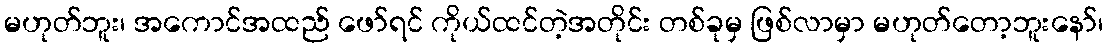
မဟုတ်ဘူး၊ အကောင်အထည် ဖော်ရင် ကိုယ်ထင်တဲ့အတိုင်း တစ်ခုမှ ဖြစ်လာမှာ မဟုတ်တော့ဘူးနော်၊